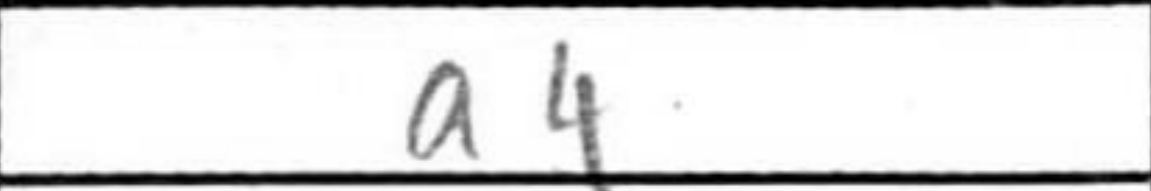
Transcription: a4